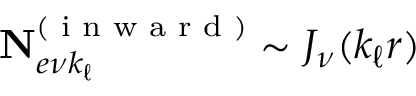
\mathbf { N } _ { e \nu k _ { \ell } } ^ { ( \textrm { i n w a r d } ) } \sim J _ { \nu } ( k _ { \ell } r )